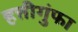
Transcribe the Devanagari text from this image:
हत्तीगुंफा